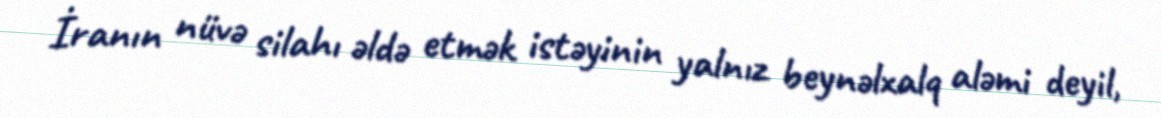
İranın nüvə silahı əldə etmək istəyinin yalnız beynəlxalq aləmi deyil,